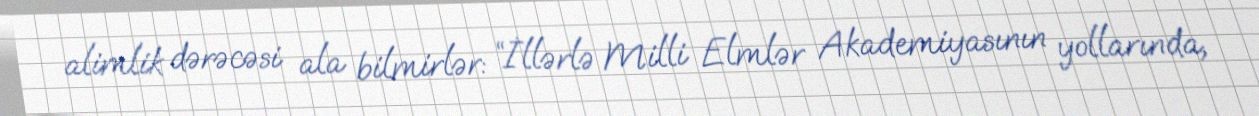
alimlik dərəcəsi ala bilmirlər: “İllərlə Milli Elmlər Akademiyasının yollarında,